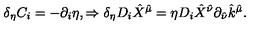
\delta _ { \eta } C _ { i } = - \partial _ { i } \eta , \Rightarrow \delta _ { \eta } D _ { i } \hat { X } ^ { \hat { \mu } } = \eta D _ { i } \hat { X } ^ { \hat { \nu } } \partial _ { \hat { \nu } } \hat { k } ^ { \hat { \mu } } .